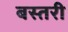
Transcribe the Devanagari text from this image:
बस्तरी